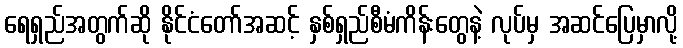
ရေရှည်အတွက်ဆို နိုင်ငံတော်အဆင့် နှစ်ရှည်စီမံကိန်းတွေနဲ့ လုပ်မှ အဆင်ပြေမှာလို့